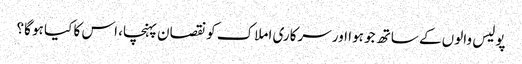
پولیس والوں کے ساتھ جو ہوا اور سرکاری املاک کو نقصان پہنچا، اس کا کیا ہو گا؟